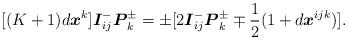
LaTeX: \begin{align*}\lbrack (K+1)d\boldsymbol{x}^{k}]\boldsymbol{I}_{ij}^{-}\boldsymbol{P}_{k}^{\pm }=\pm \lbrack 2\boldsymbol{I}_{ij}^{-}\boldsymbol{P}_{k}^{\pm }\mp \frac{1}{2}(1+d\boldsymbol{x}^{ijk})]. \end{align*}